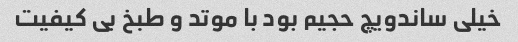
خیلی ساندویچ حجیم بود با موتد و طبخ بی کیفیت